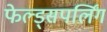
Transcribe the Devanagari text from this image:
फेल्ड्सपर्लिंग